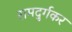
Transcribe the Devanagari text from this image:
रामदुर्गकर